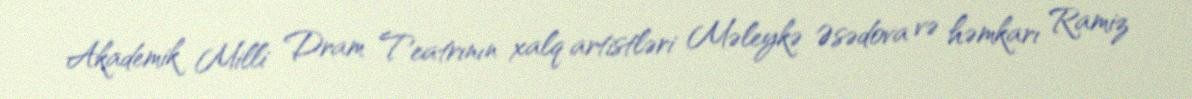
Akademik Milli Dram Teatrının xalq artistləri Məleykə Əsədova və həmkarı Ramiz